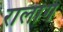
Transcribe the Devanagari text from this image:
रालांग